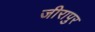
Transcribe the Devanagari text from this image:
जीरापुर